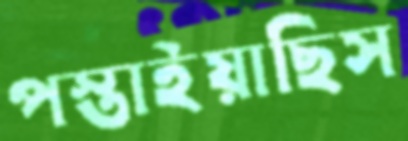
পস্তাইয়াছিস